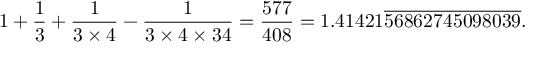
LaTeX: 1 + { \frac { 1 } { 3 } } + { \frac { 1 } { 3 \times 4 } } - { \frac { 1 } { 3 \times 4 \times 3 4 } } = { \frac { 5 7 7 } { 4 0 8 } } = 1 . 4 1 4 2 1 { \overline { { 5 6 8 6 2 7 4 5 0 9 8 0 3 9 } } } .